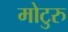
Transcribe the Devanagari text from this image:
मोटुरु